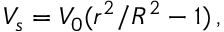
V _ { s } = V _ { 0 } ( r ^ { 2 } / R ^ { 2 } - 1 ) \, ,